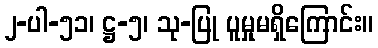
၂-ပါ-၅၁၊ ဋ္ဌ-၅၊ သု-ပြု ပူမှုမရှိကြောင်း။